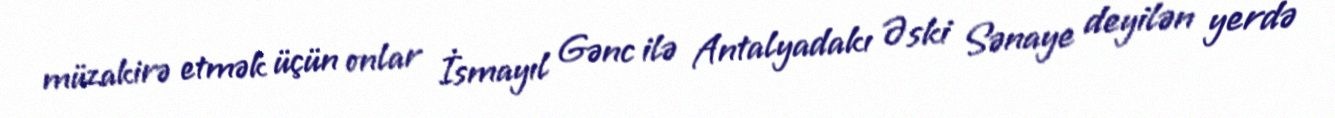
müzakirə etmək üçün onlar İsmayıl Gənc ilə Antalyadakı Əski Sənaye deyilən yerdə